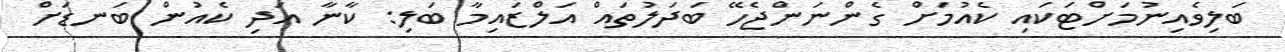
ބަލިވެއިނުމަށްޓަކައި ކެއުމަށް ގެންނަންޖެހޭ ބަދަލުތައް އަލްޒައިމާ ބަލި: ކާނާ އަދި ކެއުން ބަނޑަށް